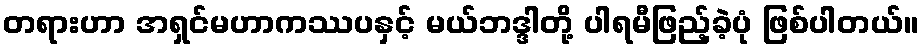
တရားဟာ အရှင်မဟာကဿပနှင့် မယ်ဘဒ္ဒါတို့ ပါရမီဖြည့်ခဲ့ပုံ ဖြစ်ပါတယ်။